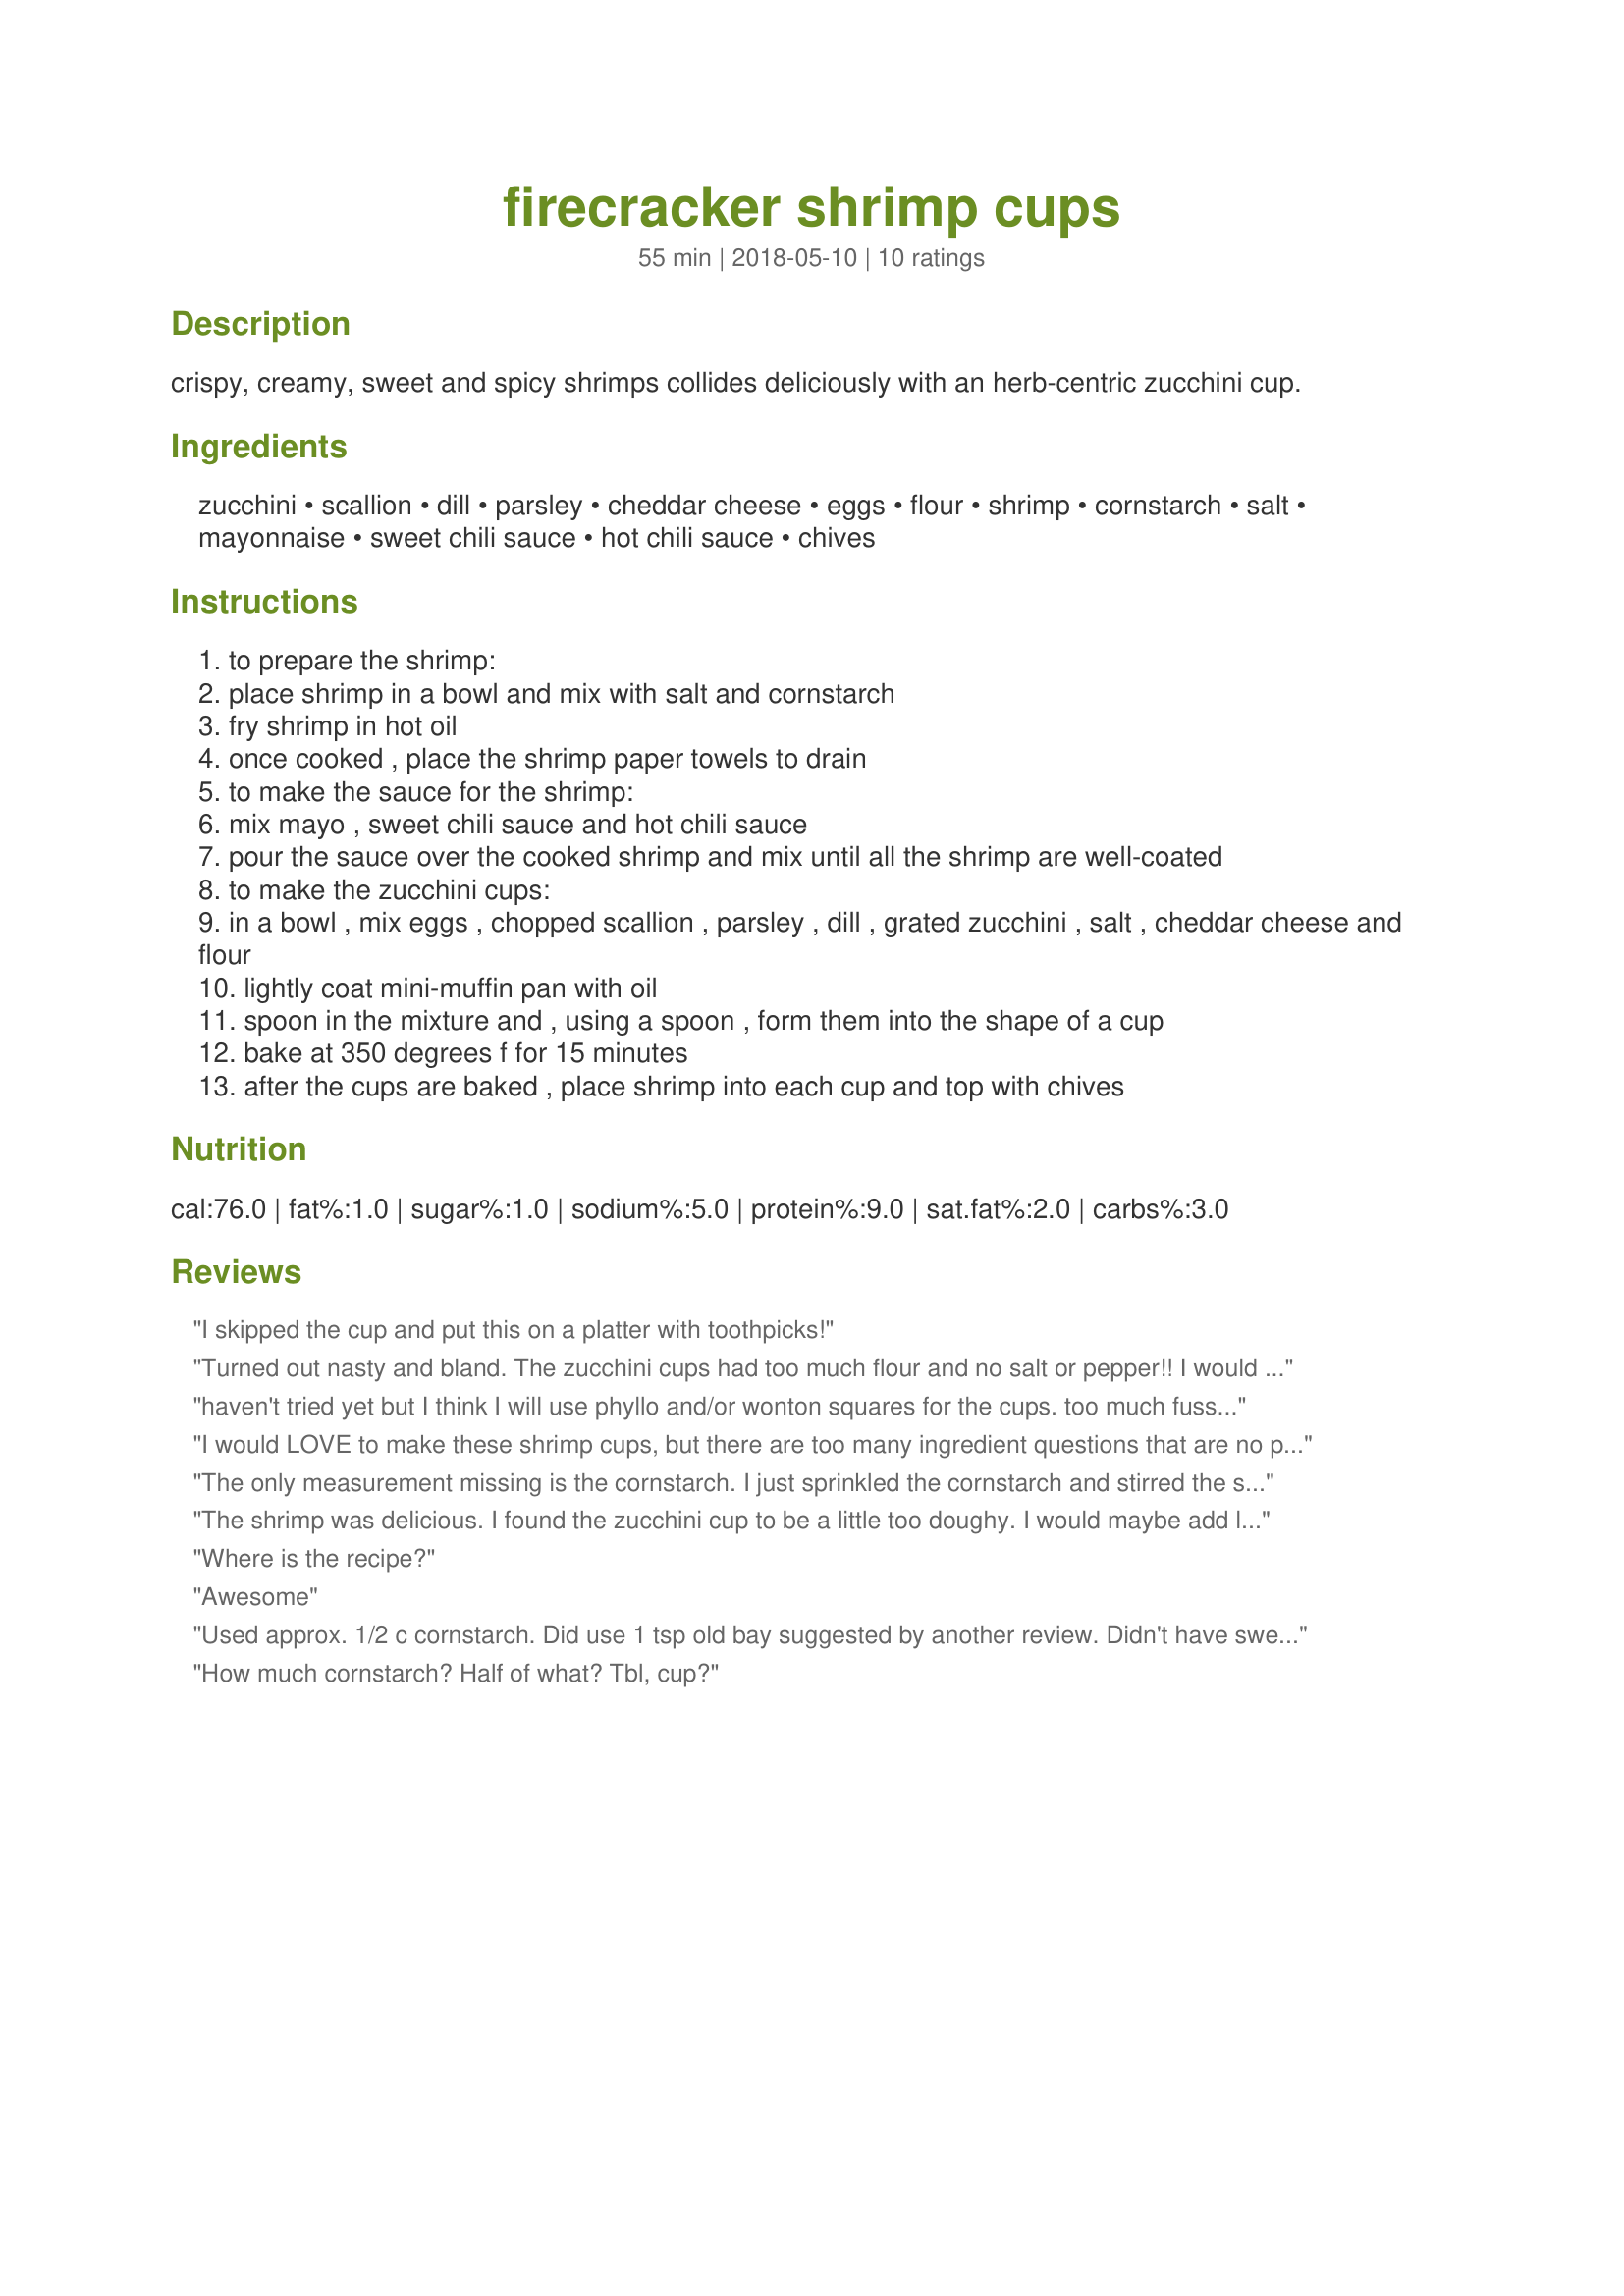
firecracker shrimp cups
Preparation time: 55 minutes

crispy, creamy, sweet and spicy shrimps collides deliciously with an herb-centric zucchini cup.

Ingredients:
zucchini, scallion, dill, parsley, cheddar cheese, eggs, flour, shrimp, cornstarch, salt, mayonnaise, sweet chili sauce, hot chili sauce, chives

Steps:
to prepare the shrimp:
place shrimp in a bowl and mix with salt and cornstarch
fry shrimp in hot oil
once cooked , place the shrimp paper towels to drain
to make the sauce for the shrimp:
mix mayo , sweet chili sauce and hot chili sauce
pour the sauce over the cooked shrimp and mix until all the shrimp are well-coated
to make the zucchini cups:
in a bowl , mix eggs , chopped scallion , parsley , dill , grated zucchini , salt , cheddar cheese and flour
lightly coat mini-muffin pan with oil
spoon in the mixture and , using a spoon , form them into the shape of a cup
bake at 350 degrees f for 15 minutes
after the cups are baked , place shrimp into each cup and top with chives

Reviews:
I skipped the cup and put this on a platter with toothpicks!
Turned out nasty and bland. The zucchini cups had too much flour and no salt or pepper!! I would take away about a half to two-thirds of the flour, add salt and pepper to the zucchini mixture and maybe even some smoked paprika. I also added some paprika to the shrimps, along with the cornstarch and salt. But I would have fried the shrimps in flour.
haven't tried yet but I think I will use phyllo and/or wonton squares for the cups. too much fussing with the zucchini cups.
I would LOVE to make these shrimp cups, but there are too many ingredient questions that are no posted in measurements. If this recipe gets tweaked so that it would be a success, I would love to make it for guests!
The only measurement missing is the cornstarch. I just sprinkled the cornstarch and stirred the shrimp
The shrimp was delicious. I found the zucchini cup to be a little too doughy. I would maybe add less flour and use a little old Bay spice for some flavor.
Where is the recipe?
Awesome
Used approx. 1/2 c cornstarch. Did use 1 tsp old bay suggested by another review. Didn't have sweet chili sauce. So with 1 part mayo mixed 2 parts rooster garlic chili sauce and 1 Tbsp. Brown sugar.
How much cornstarch? Half of what? Tbl, cup?
